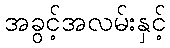
အခွင့်အလမ်းနှင့်